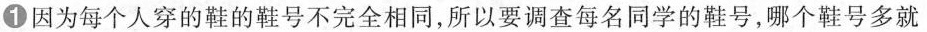
1因为每个人穿的鞋的鞋号不完全相同，所以要调查每名同学的鞋号，哪个鞋号多就